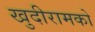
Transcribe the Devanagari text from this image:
खुदीरामको